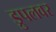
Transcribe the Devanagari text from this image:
ड्रुपलवर